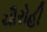
ચૌરોહી